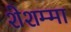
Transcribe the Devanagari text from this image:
शेशम्मा